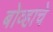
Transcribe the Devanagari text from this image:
बोव्हाचे